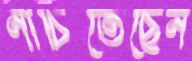
নাচিতেছেন